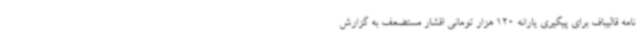
نامه قالیباف برای پیگیری یارانه 120 هزار تومانی اقشار مستضعف به گزارش